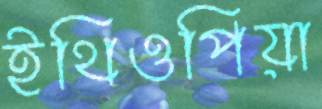
ইথিওপিয়া